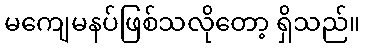
မကျေမနပ်ဖြစ်သလိုတော့ ရှိသည်။